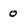
Character: 0